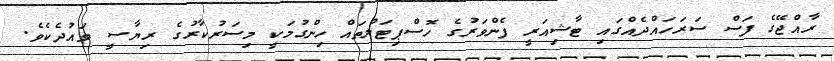
ރާއްޖޭގެ ފަސް ސަރަހައްދެއްގައި ޓާޝިއަރީ ފެންވަރުގެ ހޮސްޕިޓަލްތައް ހިންގުމަކީ މިސަރުކާރުގެ ރިޔާސީ ވައުދެކެވެ.